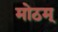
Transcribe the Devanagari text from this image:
मोठम्‌